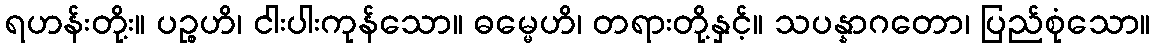
ရဟန်းတို့း။ ပဉ္စဟိ၊ ငါးပါးကုန်သော။ ဓမ္မေဟိ၊ တရားတို့နှင့်။ သပန္နာဂတော၊ ပြည်စုံသော။